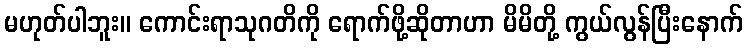
မဟုတ်ပါဘူး။ ကောင်းရာသုဂတိကို ရောက်ဖို့ဆိုတာဟာ မိမိတို့ ကွယ်လွန်ပြီးနောက်